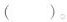
()。